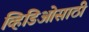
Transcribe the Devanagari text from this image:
व्हिडिओसाठी